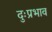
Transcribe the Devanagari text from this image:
दुःप्रभाव